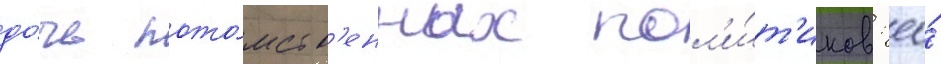
до́чь пото́мств'енных пол'и́т'иков: ео́